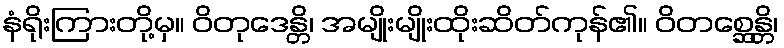
နံရိုးကြားတို့မှ။ ဝိတုဒေန္တိ၊ အမျိုးမျိုးထိုးဆိတ်ကုန်၏။ ဝိတစ္ဆေန္တိ၊